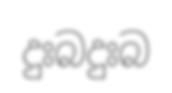
දුඃබදුඃබ